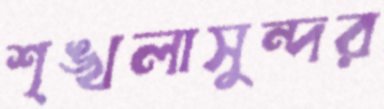
শৃঙ্খলাসুন্দর